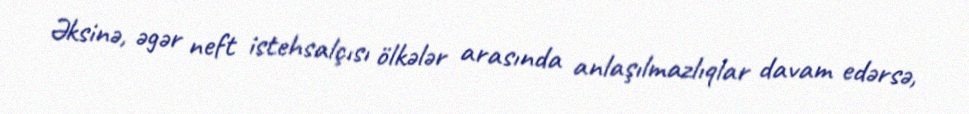
Əksinə, əgər neft istehsalçısı ölkələr arasında anlaşılmazlıqlar davam edərsə,